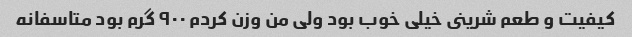
کیفیت و طعم شرینى خیلی خوب بود ولی من وزن کردم ٩٠٠ گرم بود متاسفانه